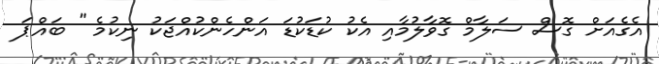
އެގެއަށް ގޮސް ސަލާމް ގޮވާލުމާއި އެކު ކުޑަކުޑަ އަންހެންކުއްޖަކު ނިކުމެ '' ބައްޕަ